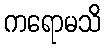
ကရောမသိ